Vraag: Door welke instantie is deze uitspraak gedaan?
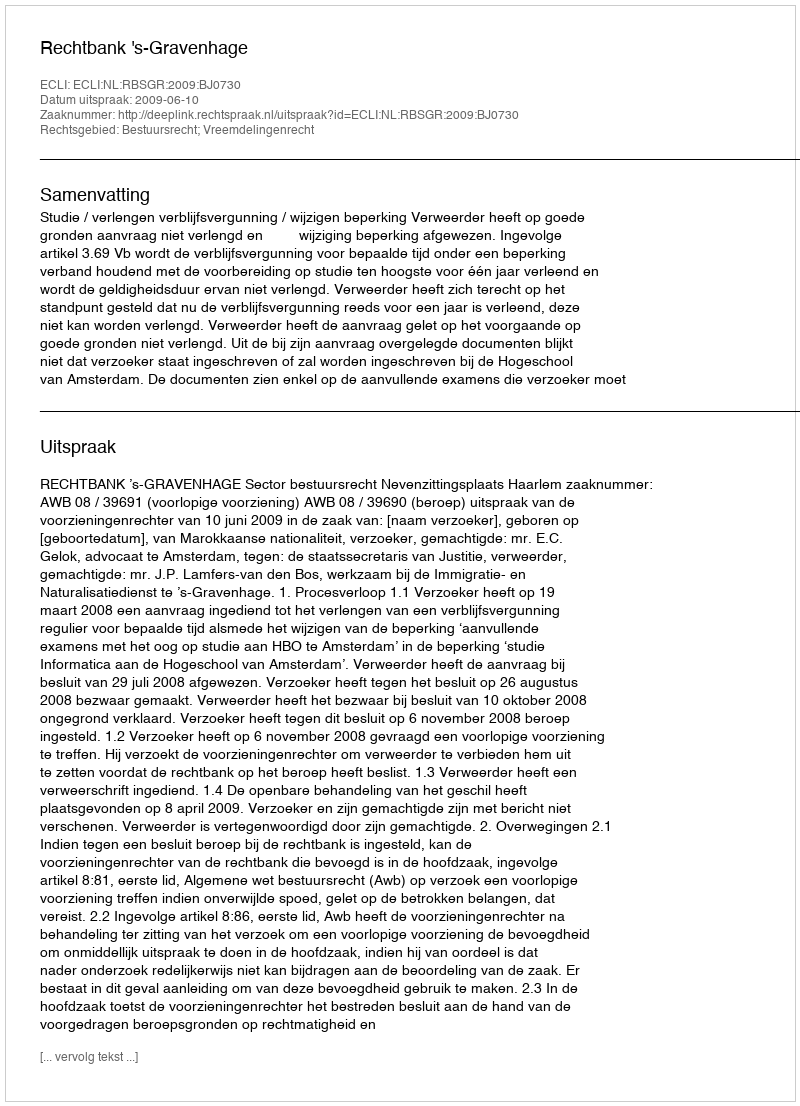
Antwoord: Rechtbank 's-Gravenhage